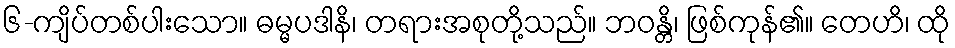
၆-ကျိပ်တစ်ပါးသော။ ဓမ္မပဒါနိ၊ တရားအစုတို့သည်။ ဘဝန္တိ၊ ဖြစ်ကုန်၏။ တေဟိ၊ ထို